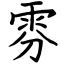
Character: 雰